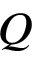
Q